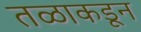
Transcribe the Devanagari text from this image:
तळाकडून